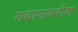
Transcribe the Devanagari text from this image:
मदानावरील